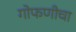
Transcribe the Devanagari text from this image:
गोफणीचा